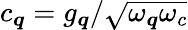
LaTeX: c_{\boldsymbol{q}}=g_{\boldsymbol{q}}/\sqrt{\omega_{\boldsymbol{q}}\omega_{c}}